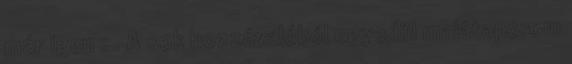
már igen : . A sok hozzávalóból egyedül malátaporom